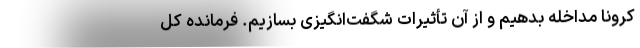
کرونا مداخله بدهیم و از آن تأثیرات شگفت‌انگیزی بسازیم. فرمانده کل